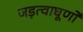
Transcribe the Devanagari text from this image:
जड़त्वाघूर्णों